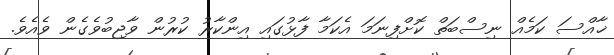
ޚާއްސަ ކަމެއް ނިސްބަތް ކޮށްފިނަމަ އެކަމާ ފާޅުގައި އިންކާރު ކުރުން ވާޖިބުވެގެން ވެއެވެ.